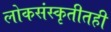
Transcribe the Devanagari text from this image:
लोकसंस्कृतीतही